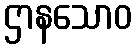
ဌာနသောဝ